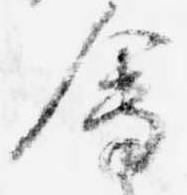
会